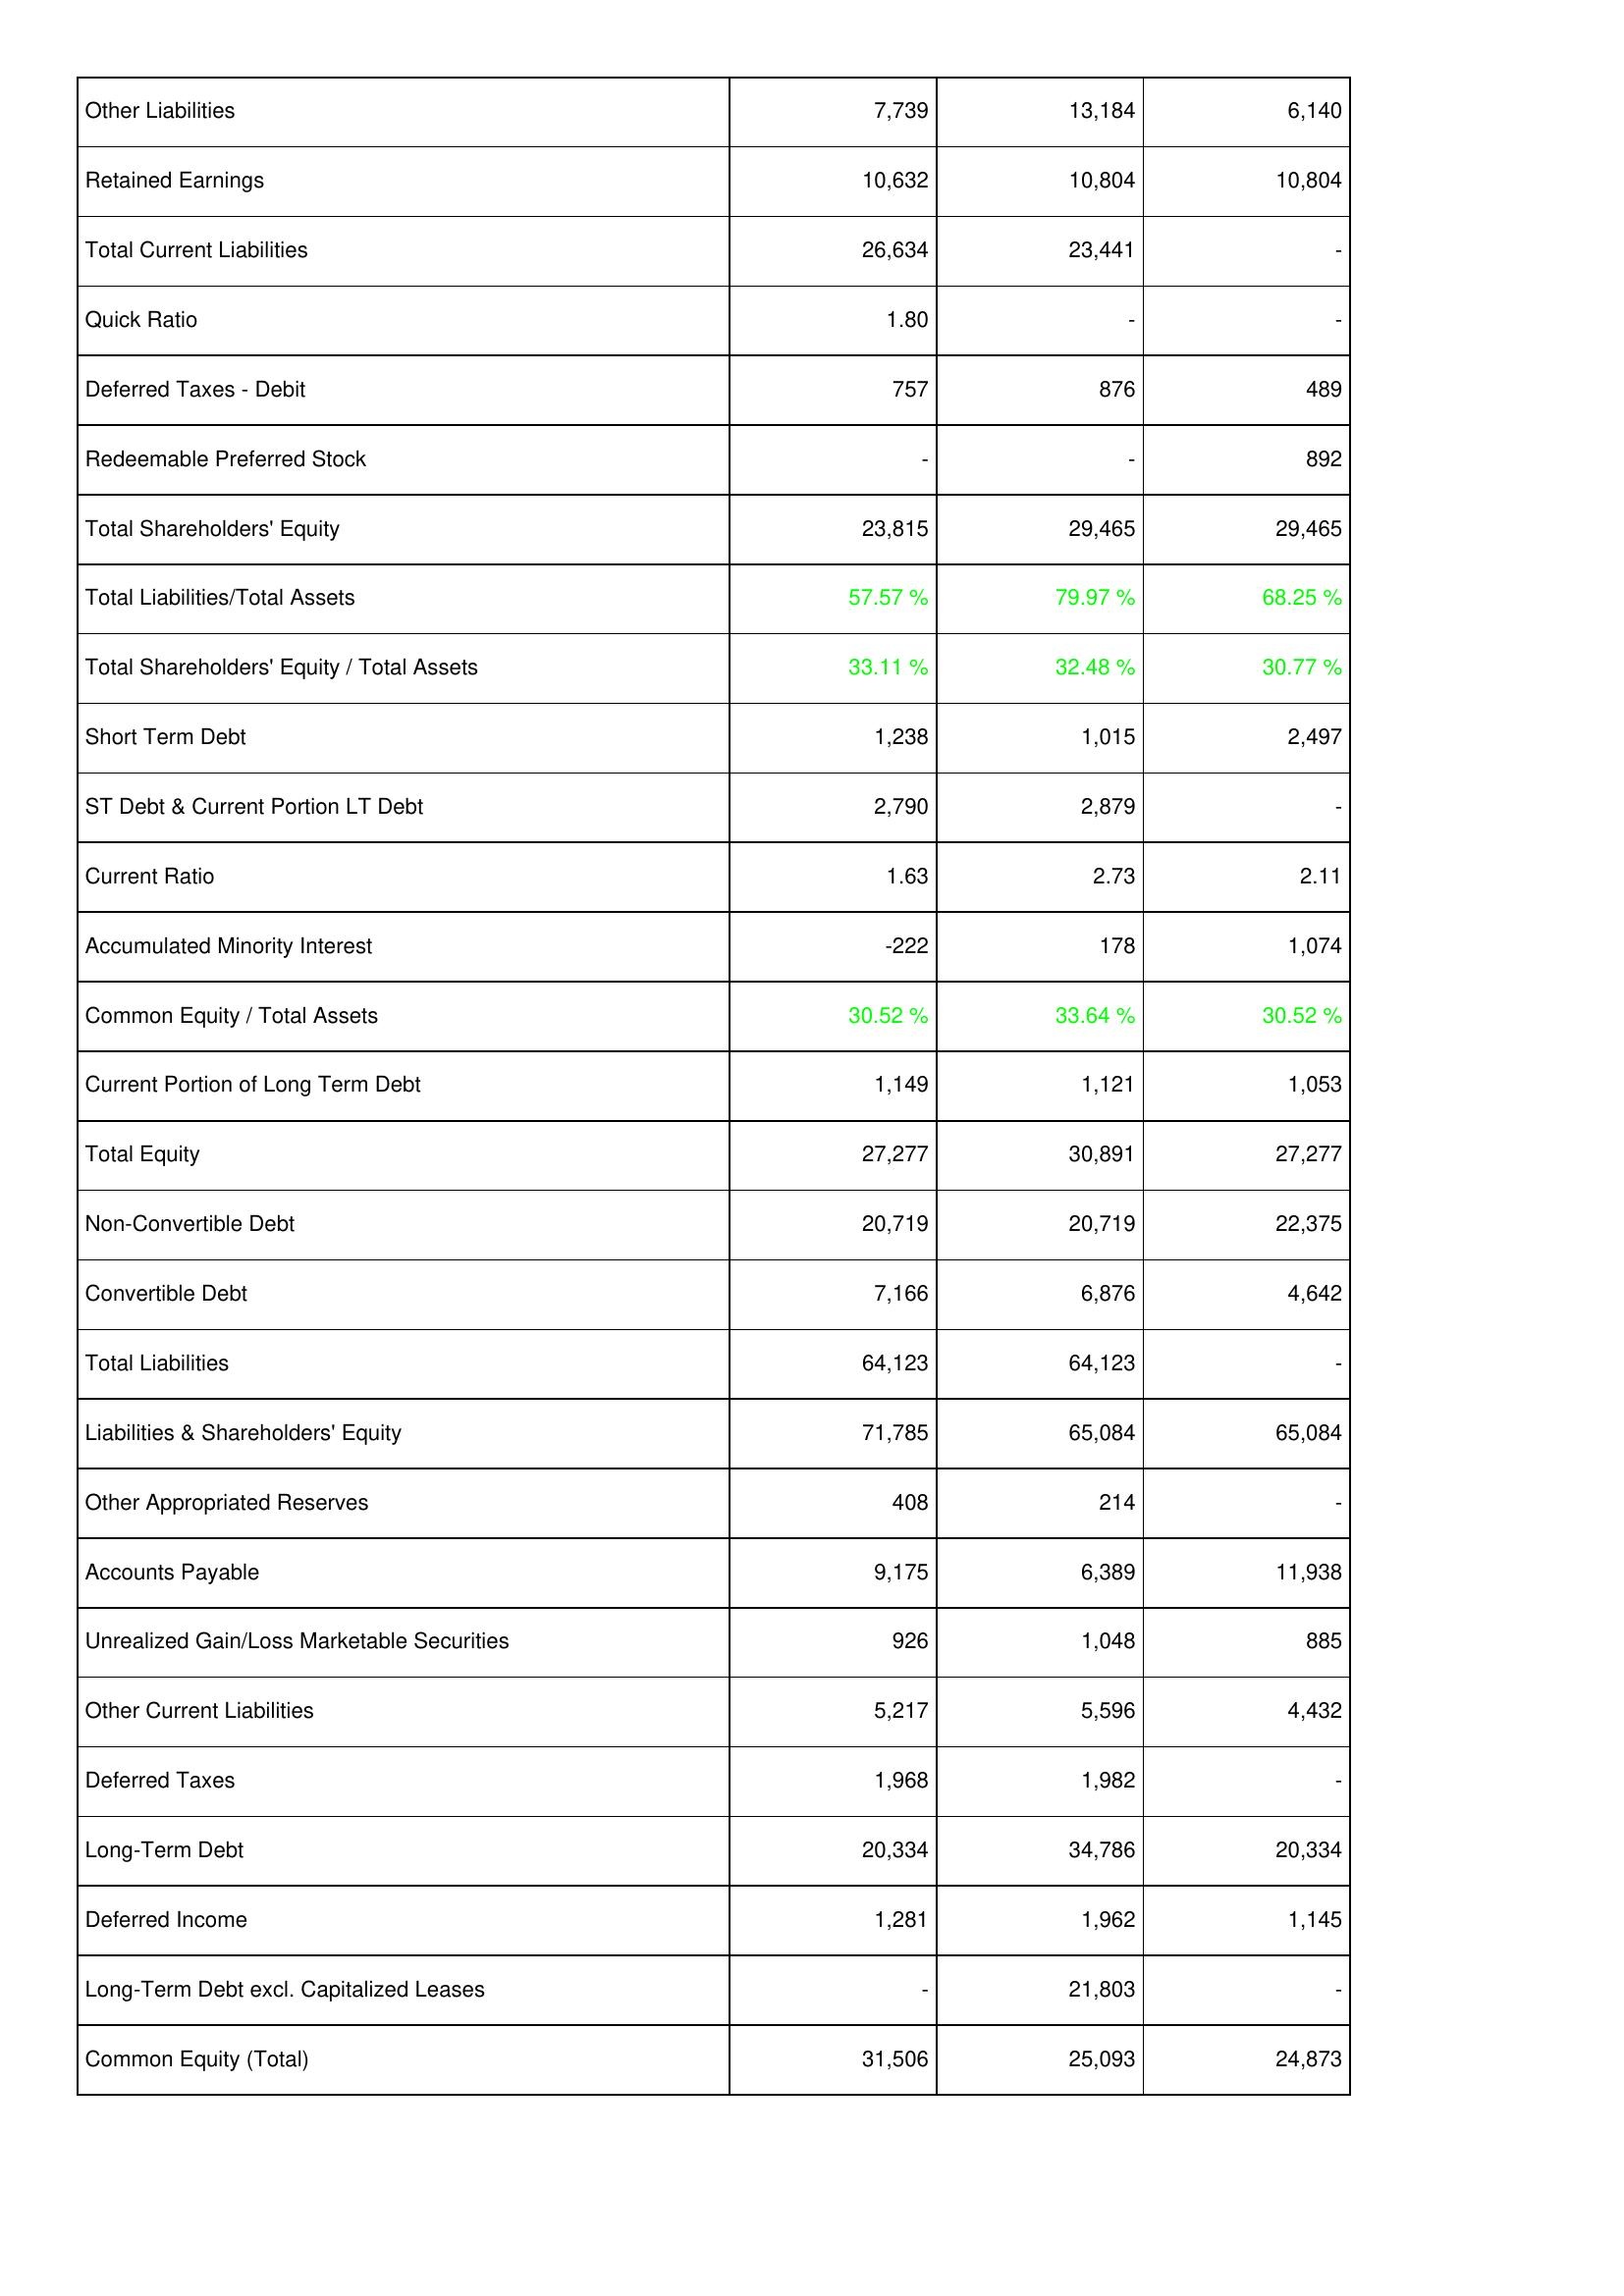
2012: Liabilities & Shareholders' Equity: Other Liabilities: 7,739
Retained Earnings: 10,632
Total Current Liabilities: 26,634
Quick Ratio: 1.80
Deferred Taxes - Debit: 757
Redeemable Preferred Stock: -
Total Shareholders' Equity: 23,815
Total Liabilities/Total Assets: 57.57 %
Total Shareholders' Equity / Total Assets: 33.11 %
Short Term Debt: 1,238
ST Debt & Current Portion LT Debt: 2,790
Current Ratio: 1.63
Accumulated Minority Interest: -222
Common Equity / Total Assets: 30.52 %
Current Portion of Long Term Debt: 1,149
Total Equity: 27,277
Non-Convertible Debt: 20,719
Convertible Debt: 7,166
Total Liabilities: 64,123
Liabilities & Shareholders' Equity: 71,785
Other Appropriated Reserves: 408
Accounts Payable: 9,175
Unrealized Gain/Loss Marketable Securities: 926
Other Current Liabilities: 5,217
Deferred Taxes: 1,968
Long-Term Debt: 20,334
Deferred Income: 1,281
Long-Term Debt excl. Capitalized Leases: -
Common Equity (Total): 31,506
2013: Liabilities & Shareholders' Equity: Other Liabilities: 13,184
Retained Earnings: 10,804
Total Current Liabilities: 23,441
Quick Ratio: -
Deferred Taxes - Debit: 876
Redeemable Preferred Stock: -
Total Shareholders' Equity: 29,465
Total Liabilities/Total Assets: 79.97 %
Total Shareholders' Equity / Total Assets: 32.48 %
Short Term Debt: 1,015
ST Debt & Current Portion LT Debt: 2,879
Current Ratio: 2.73
Accumulated Minority Interest: 178
Common Equity / Total Assets: 33.64 %
Current Portion of Long Term Debt: 1,121
Total Equity: 30,891
Non-Convertible Debt: 20,719
Convertible Debt: 6,876
Total Liabilities: 64,123
Liabilities & Shareholders' Equity: 65,084
Other Appropriated Reserves: 214
Accounts Payable: 6,389
Unrealized Gain/Loss Marketable Securities: 1,048
Other Current Liabilities: 5,596
Deferred Taxes: 1,982
Long-Term Debt: 34,786
Deferred Income: 1,962
Long-Term Debt excl. Capitalized Leases: 21,803
Common Equity (Total): 25,093
2014: Liabilities & Shareholders' Equity: Other Liabilities: 6,140
Retained Earnings: 10,804
Total Current Liabilities: -
Quick Ratio: -
Deferred Taxes - Debit: 489
Redeemable Preferred Stock: 892
Total Shareholders' Equity: 29,465
Total Liabilities/Total Assets: 68.25 %
Total Shareholders' Equity / Total Assets: 30.77 %
Short Term Debt: 2,497
ST Debt & Current Portion LT Debt: -
Current Ratio: 2.11
Accumulated Minority Interest: 1,074
Common Equity / Total Assets: 30.52 %
Current Portion of Long Term Debt: 1,053
Total Equity: 27,277
Non-Convertible Debt: 22,375
Convertible Debt: 4,642
Total Liabilities: -
Liabilities & Shareholders' Equity: 65,084
Other Appropriated Reserves: -
Accounts Payable: 11,938
Unrealized Gain/Loss Marketable Securities: 885
Other Current Liabilities: 4,432
Deferred Taxes: -
Long-Term Debt: 20,334
Deferred Income: 1,145
Long-Term Debt excl. Capitalized Leases: -
Common Equity (Total): 24,873